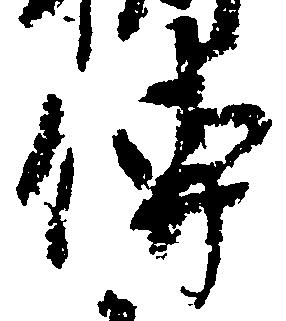
伝